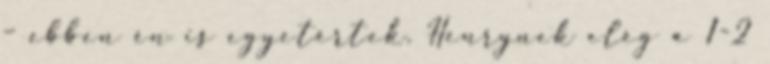
– ebben én is egyetértek. Henrynek elég a 1-2